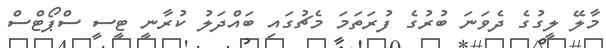
މާލޭ ލީގުގެ ދެވަނަ ބުރުގެ ފުރަތަމަ މެޗުގައި ބައްދަލު ކުރާނީ ޓީސީ ސްޕޯޓްސް